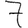
Digit: 7